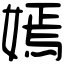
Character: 嫣